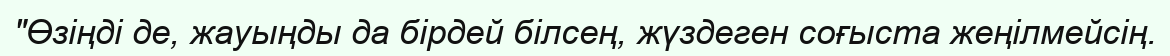
"Өзіңді де, жауыңды да бірдей білсең, жүздеген соғыста жеңілмейсің.